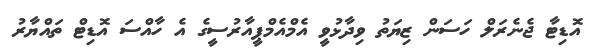
އޮޑިޓާ ޖެނެރަލް ހަސަން ޒިޔަތު ވިދާޅުވީ އެމްއެމްޕީއާރުސީގެ އެ ހާއްސަ އޮޑިޓް ތައްޔާރު